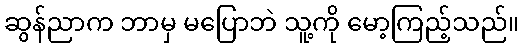
ဆွန်ညာက ဘာမှ မပြောဘဲ သူ့ကို မော့ကြည့်သည်။